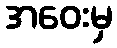
အဝေးမှ